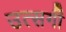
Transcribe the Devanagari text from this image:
उत्सर्गीं